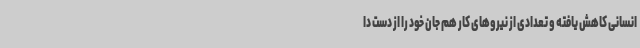
انسانی کاهش یافته و تعدادی از نیروهای کار هم جان خود را از دست دا